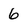
Character: 6